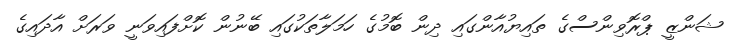
ޝަންޒީ ޕްރޮވިންސްގެ ތައިޔުއާންގައި ދިން ބޮމުގެ ހަމަލާތަކުގައި ބޭނުން ކޮށްފައިވަނީ ވަރަށް އާދައިގެ